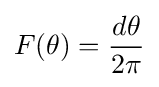
F(\theta )={\frac {d\theta }{2\pi }}